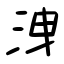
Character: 洩